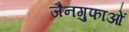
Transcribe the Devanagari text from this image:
जैनगुफाओं